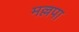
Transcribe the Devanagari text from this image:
मल्लपा